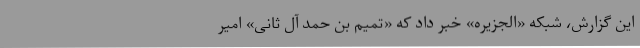
این گزارش، شبکه «الجزیره»‌ خبر داد که «تمیم بن حمد آل ثانی»‌ امیر